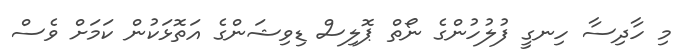
މި ހާދިސާ ހިނގީ ފުލުހުންގެ ނޯތް ޕޮލިސް ޑިވިޝަންގެ އަތޮޅަކުން ކަމަށް ވެސް